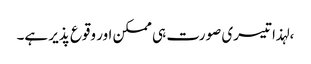
، لہذا تیسری صورت ہی ممکن اور وقوع پذیر ہے۔